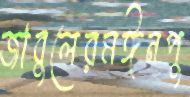
জাবুলেরমঈনপু